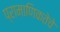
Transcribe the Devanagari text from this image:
प्रामाणिकतेचे